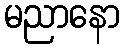
မညာနော